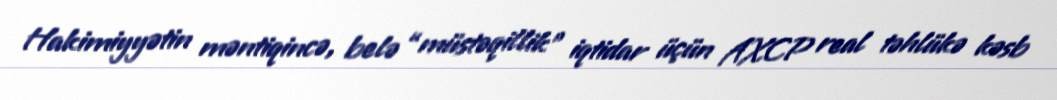
Hakimiyyətin məntiqincə, belə “müstəqillik” iqtidar üçün AXCP real təhlükə kəsb